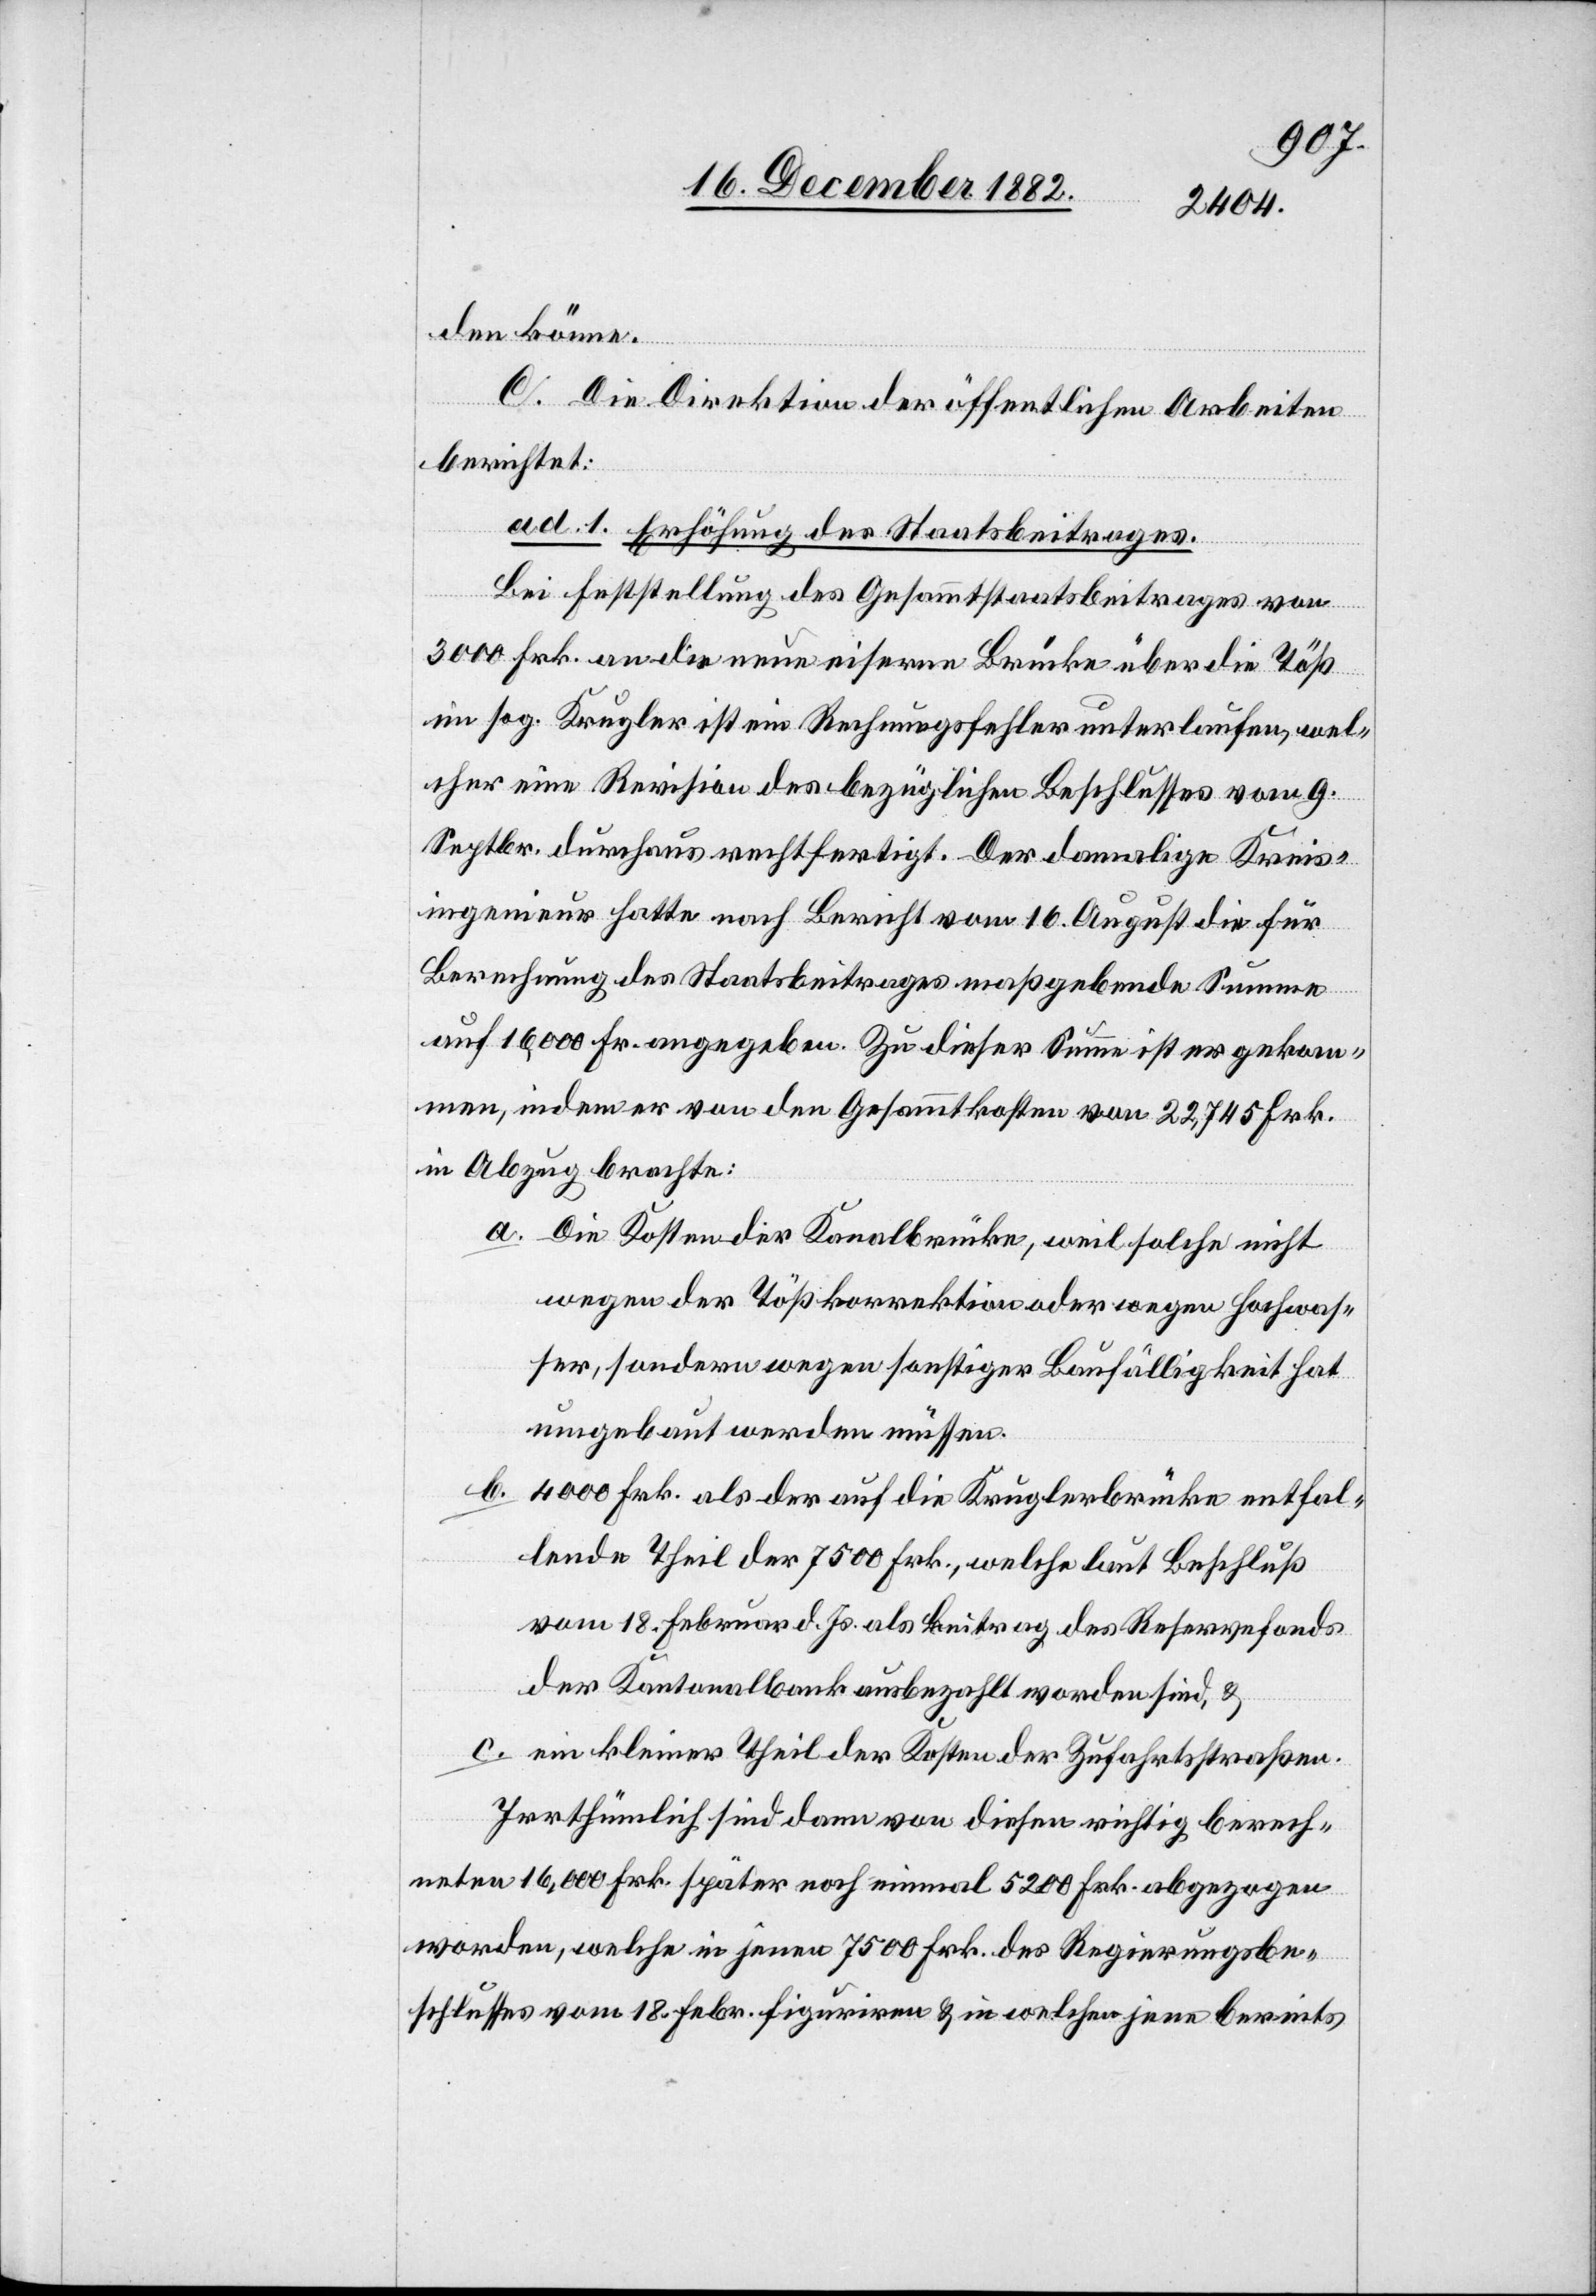
den könne.
C. Die Direktion der öffentlichen Arbeiten
berichtet:
ad. 1. Erhöhung des Staatsbeitrages.
Bei Feststellung des Gesammtstaatsbeitrages von
3000 Frk. an die neue eiserne Brücke über die Töß
im sog. Krugler ist ein Rechnungsfehler unterlaufen, wel¬
cher eine Revision des bezüglichen Beschlusses vom 9.
Septbr. durchaus rechtfertigt. Der damalige Kreis¬
ingenieur hatte nach Bericht vom 16. August die für
Berechnung des Staatsbeitrages maßgebende Summe
auf 16,000 Fr. angegeben. Zu dieser Summe ist er gekom¬
men, indem er von den Gesammtkosten von 22,745 Frk.
in Abzug brachte:
a. Die Kosten der Kanalbrücke, weil solche nicht
wegen der Tößkorrektion oder wegen Hochwas¬
ser, sondern wegen sonstiger Baufälligkeit hat
umgebaut werden müssen.
b. 4000 Frk. als der auf die Kruglerbrücke entfal¬
lende Theil der 7500 Frk., welche laut Beschluß
vom 18. Februar d. Js. als Beitrag des Reservefonds
der Kantonalbank ausbezahlt worden sind, &
c. ein kleiner Theil der Kosten der Zufahrtsstraßen.
Irrthümlich sind dann von diesen richtig berech¬
neten 16,000 Frk. später noch einmal 5200 Frk. abgezogen
worden, welche in jenen 7500 Frk. des Regierungsbe¬
schlusses vom 18. Febr. figuriren & in welchen jene bereits